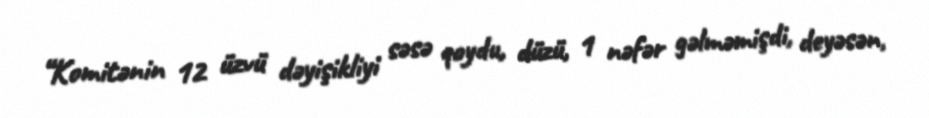
“Komitənin 12 üzvü dəyişikliyi səsə qoydu, düzü, 1 nəfər gəlməmişdi, deyəsən,